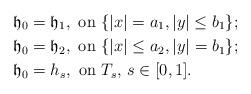
LaTeX: \begin{align*} \mathfrak{h}_0 &= \mathfrak{h}_1, \textrm{ on } \{|x|=a_1,|y|\le b_1\}; \\\mathfrak{h}_0 &=\mathfrak{h}_2,\textrm{ on }\{|x|\le a_2,|y|=b_1\};\\\mathfrak{h}_0 &=h_s, \textrm{ on } T_s,\, s\in [0,1].\end{align*}